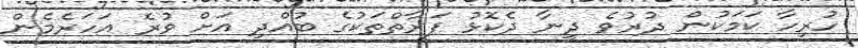
ހުރިހާ ކަމަކުން ދުރުވެ ދީނާ ދެކޮޅު ފަރާތްތަކުގެ ބުއްދި އަށް ވުރެ އަހަރެމެން